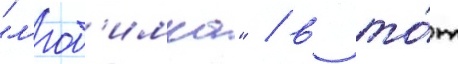
"л'юб'имка" / в то́т